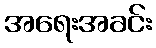
အရေးအခင်း